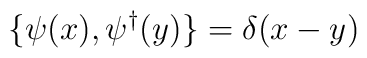
\{\psi (x), \psi^\dagger (y) \} = \delta (x-y)